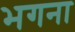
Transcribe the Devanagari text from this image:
भगना